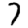
Digit: 7